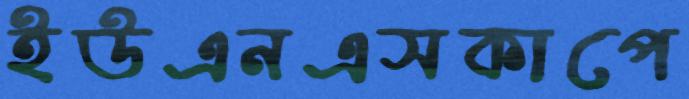
ইউএনএসকাপে